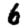
Digit: 6